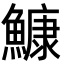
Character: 鱇